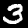
Label: 3